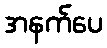
အနက်ပေ